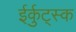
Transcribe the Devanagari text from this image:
ईर्कुट्स्क